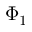
\Phi _ { 1 }